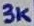
Text: 3K